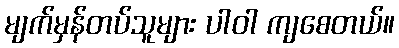
မျက်မှန်တပ်သူများ ပါဝါ ကျစေတယ်။